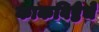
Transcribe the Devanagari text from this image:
काकविष्ठेचे